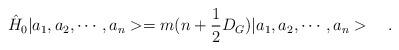
LaTeX: \begin{align*}\hat{H}_0|a_1,a_2,\cdots,a_n>=m(n+\frac{1}{2}D_G)|a_1,a_2,\cdots,a_n>\ \ \ .\end{align*}